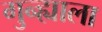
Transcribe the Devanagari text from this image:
गुन्ह्याला